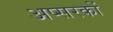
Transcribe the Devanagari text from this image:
अप्सरकों